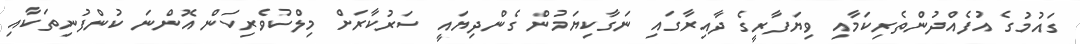
ގައުމުގެ އުފެއްދުންތެރިކަމާއި ވިޔަފާރީގެ ދާއިރާގައި ނަގާކިޔަމުން ގެންދިޔައީ ސަރުކާރަށް މިލްކުވެރިކަން އޮންނަ ކުންފުނިތަކާއި